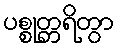
ပစ္စုတ္တရိတွာ